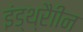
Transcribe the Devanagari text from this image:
इंड्थ्रैाीन